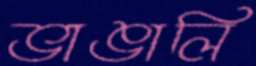
ভাঙালি